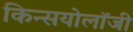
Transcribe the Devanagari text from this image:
किन्सयोलॉजी